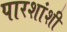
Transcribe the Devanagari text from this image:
पारशांशी